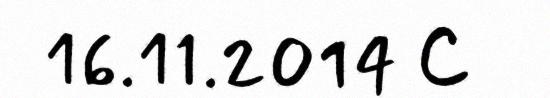
16.11.2014 